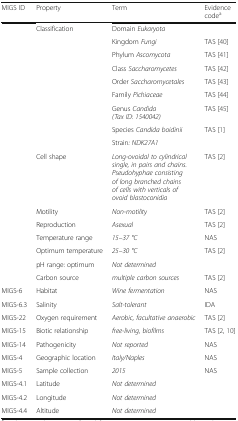
<table><thead><tr><td><b>MIGS ID</b></td><td><b>Property</b></td><td><b>Term</b></td><td><b>Evidence code<sup>a</sup></b></td></tr></thead><tbody><tr><td></td><td>Classification</td><td>Domain <i>Eukaryota</i></td><td></td></tr><tr><td></td><td></td><td>Kingdom <i>Fungi</i></td><td>TAS [40]</td></tr><tr><td></td><td></td><td>Phylum <i>Ascomycota</i></td><td>TAS [41]</td></tr><tr><td></td><td></td><td>Class <i>Saccharomycetes</i></td><td>TAS [42]</td></tr><tr><td></td><td></td><td>Order <i>Saccharomycetales</i></td><td>TAS [43]</td></tr><tr><td></td><td></td><td>Family <i>Pichiaceae</i></td><td>TAS [44]</td></tr><tr><td></td><td></td><td>Genus <i>Candida (Tax ID: 1540042)</i></td><td>TAS [45]</td></tr><tr><td></td><td></td><td>Species <i>Candida boidinii</i></td><td>TAS [1]</td></tr><tr><td></td><td></td><td>Strain<i>: NDK27A1</i></td><td></td></tr><tr><td></td><td>Cell shape</td><td><i>Long-ovoidal to cylindrical single, in pairs and chains. Pseudohyphae consisting of long branched chains of cells with verticals of ovoid blastoconidia</i></td><td>TAS [2]</td></tr><tr><td></td><td>Motility</td><td><i>Non-motility</i></td><td>TAS [2]</td></tr><tr><td></td><td>Reproduction</td><td><i>Asexual</i></td><td>TAS [2]</td></tr><tr><td></td><td>Temperature range</td><td><i>15–37 °C</i></td><td>NAS</td></tr><tr><td></td><td>Optimum temperature</td><td><i>25–30 °C</i></td><td>TAS [2]</td></tr><tr><td></td><td>pH range: optimum</td><td><i>Not determined</i></td><td></td></tr><tr><td></td><td>Carbon source</td><td><i>multiple carbon sources</i></td><td>TAS [2]</td></tr><tr><td>MIGS-6</td><td>Habitat</td><td><i>Wine fermentation</i></td><td>NAS</td></tr><tr><td>MIGS-6.3</td><td>Salinity</td><td><i>Salt-tolerant</i></td><td>IDA</td></tr><tr><td>MIGS-22</td><td>Oxygen requirement</td><td><i>Aerobic, facultative anaerobic</i></td><td>TAS [2]</td></tr><tr><td>MIGS-15</td><td>Biotic relationship</td><td><i>free-living, biofilms</i></td><td>TAS [2, 10]</td></tr><tr><td>MIGS-14</td><td>Pathogenicity</td><td><i>Not reported</i></td><td>NAS</td></tr><tr><td>MIGS-4</td><td>Geographic location</td><td><i>Italy/Naples</i></td><td>NAS</td></tr><tr><td>MIGS-5</td><td>Sample collection</td><td><i>2015</i></td><td>NAS</td></tr><tr><td>MIGS-4.1</td><td>Latitude</td><td><i>Not determined</i></td><td></td></tr><tr><td>MIGS-4.2</td><td>Longitude</td><td><i>Not determined</i></td><td></td></tr><tr><td>MIGS-4.4</td><td>Altitude</td><td><i>Not determined</i></td><td></td></tr></tbody></table>